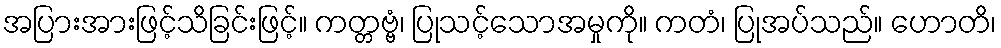
အပြားအားဖြင့်သိခြင်းဖြင့်။ ကတ္တဗ္ဗံ၊ ပြုသင့်သောအမှုကို။ ကတံ၊ ပြုအပ်သည်။ ဟောတိ၊